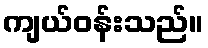
ကျယ်ဝန်းသည်။